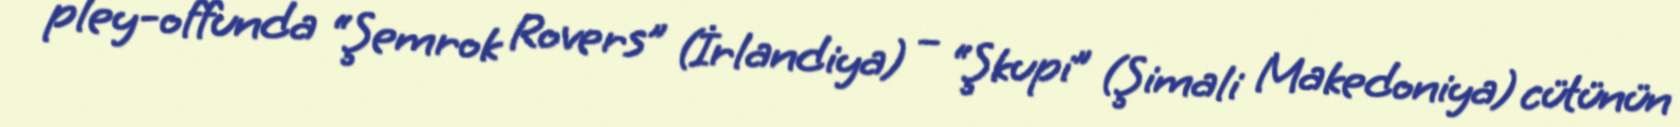
pley-offunda “Şemrok Rovers” (İrlandiya) – “Şkupi” (Şimali Makedoniya) cütünün